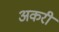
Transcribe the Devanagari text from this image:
अकरी